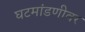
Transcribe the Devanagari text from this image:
घटमांडणीवर